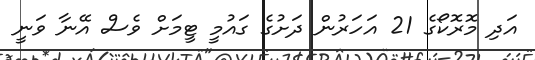
އަދި މޮރޮކޯގެ 21 އަހަރުން ދަށުގެ ގައުމީ ޓީމަށް ވެސް އޭނާ ވަނީ